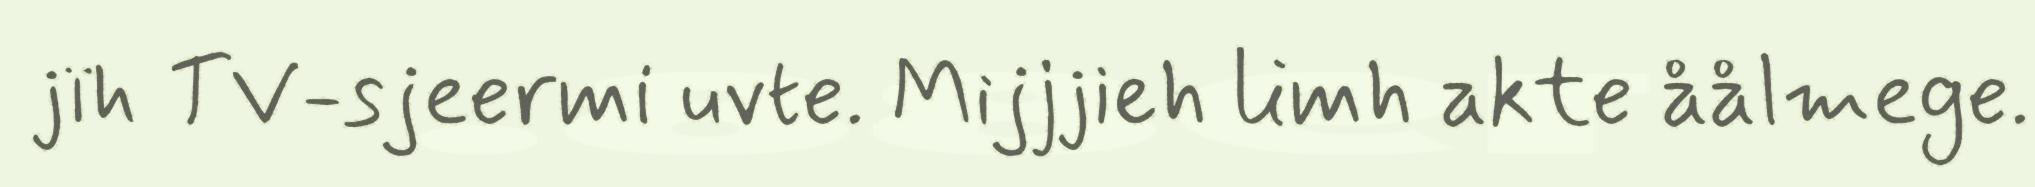
jïh TV-sjeermi uvte. Mijjjieh limh akte åålmege.